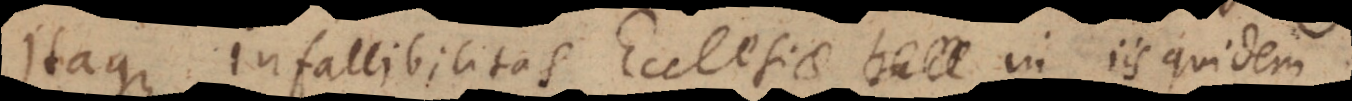
Itaque infallibilitas Ecclesiae in iis quidem